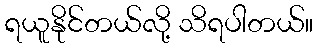
ရယူနိုင်တယ်လို့ သိရပါတယ်။